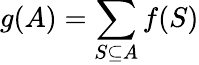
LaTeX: g(A)=\sum_{S\subseteq A}f(S)